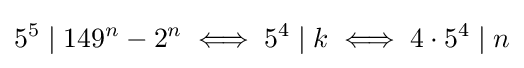
5^{5}\mid 149^{n}-2^{n}\iff 5^{4}\mid k\iff 4\cdot 5^{4}\mid n